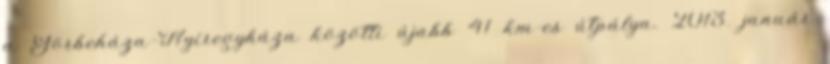
a Görbeháza–Nyíregyháza közötti újabb 41 km-es útpálya. 2013. január